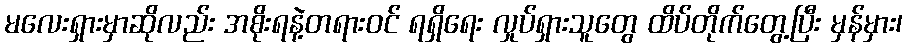
မလေးရှားမှာဆိုလည်း အစိုးရနဲ့တရားဝင် ရရှိရေး လှုပ်ရှားသူတွေ ထိပ်တိုက်တွေ့ပြီး မှန်မှား၊